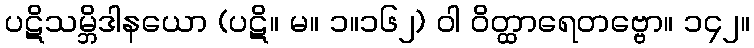
ပဋိသမ္ဘိဒါနယော (ပဋိ။ မ။ ၁။၁၆၂) ဝါ ဝိတ္ထာရေတဗ္ဗော။ ၁၄၂။